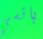
باتسي